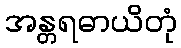
အန္တရဓာယိတုံ